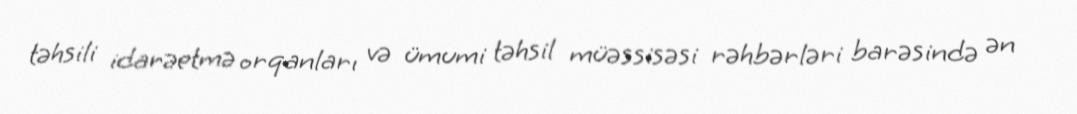
təhsili idarəetmə orqanları və ümumi təhsil müəssisəsi rəhbərləri barəsində ən